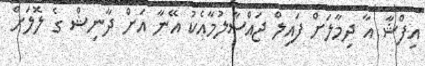
އިފްޝާ އާ ދިމާލަށް ފައިލް ޖައްސާލުމާއެކު އޭނާ އަށް ދާނިޝް ގެ ލޮލަށް